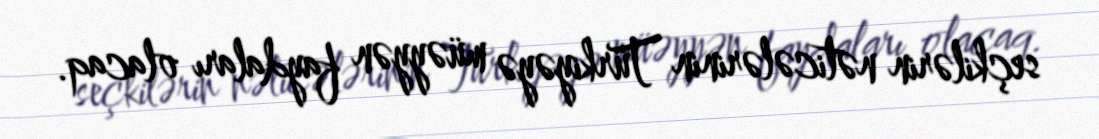
seçkilərin nəticələrinin Türkiyəyə müəyyən faydaları olacaq.